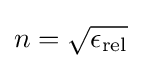
n={\sqrt {\epsilon _{\text{rel}}}}